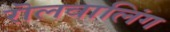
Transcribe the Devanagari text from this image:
रॊलवालिंग